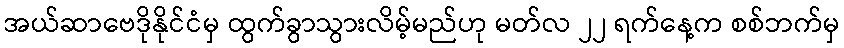
အယ်ဆာဗေဒိုနိုင်ငံမှ ထွက်ခွာသွားလိမ့်မည်ဟု မတ်လ ၂၂ ရက်နေ့က စစ်ဘက်မှ